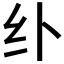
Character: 𱺏